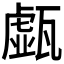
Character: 𤮆